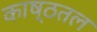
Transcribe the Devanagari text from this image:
काष्ठतल